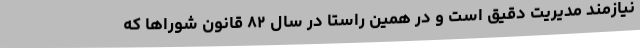
نیازمند مدیریت دقیق است و در همین راستا در سال ۸۲ قانون شوراها که